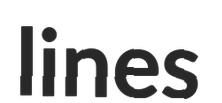
lines